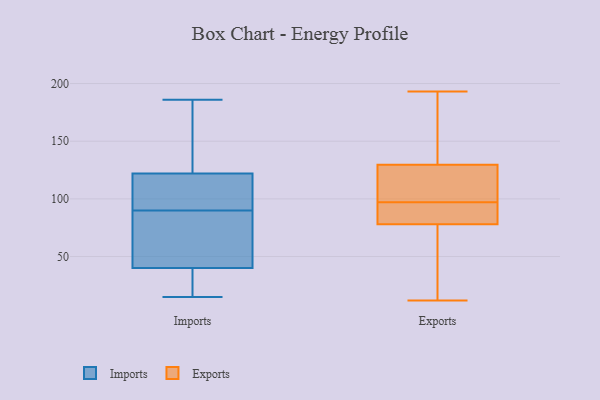
{"axis": {"x": "LTV (USD)", "y": "Value"}, "legend": ["Exports", "Imports"], "data": [{"x": "", "y": 122, "type": "Imports"}, {"x": "", "y": 186, "type": "Imports"}, {"x": "", "y": 117, "type": "Imports"}, {"x": "", "y": 27, "type": "Imports"}, {"x": "", "y": 135, "type": "Imports"}, {"x": "", "y": 71, "type": "Imports"}, {"x": "", "y": 114, "type": "Imports"}, {"x": "", "y": 75, "type": "Imports"}, {"x": "", "y": 15, "type": "Imports"}, {"x": "", "y": 75, "type": "Imports"}, {"x": "", "y": 122, "type": "Imports"}, {"x": "", "y": 33, "type": "Imports"}, {"x": "", "y": 105, "type": "Imports"}, {"x": "", "y": 167, "type": "Imports"}, {"x": "", "y": 47, "type": "Imports"}, {"x": "", "y": 24, "type": "Imports"}, {"x": "", "y": 193, "type": "Exports"}, {"x": "", "y": 85, "type": "Exports"}, {"x": "", "y": 12, "type": "Exports"}, {"x": "", "y": 71, "type": "Exports"}, {"x": "", "y": 125, "type": "Exports"}, {"x": "", "y": 175, "type": "Exports"}, {"x": "", "y": 87, "type": "Exports"}, {"x": "", "y": 132, "type": "Exports"}, {"x": "", "y": 156, "type": "Exports"}, {"x": "", "y": 52, "type": "Exports"}, {"x": "", "y": 104, "type": "Exports"}, {"x": "", "y": 127, "type": "Exports"}, {"x": "", "y": 90, "type": "Exports"}, {"x": "", "y": 106, "type": "Exports"}, {"x": "", "y": 31, "type": "Exports"}, {"x": "", "y": 89, "type": "Exports"}]}